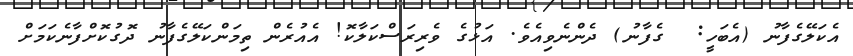
އެކަލޭގެފާނު (އެބަހީ:  ގެފާނު) ދެންނެވިއެވެ. އަޅުގެ ވެރިރަސްކަލާކޮ! އެއުރެން ތިމަންކަލޭގެފާނު ދޮގުކޮށްފާނެކަމަށް